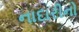
નાદારીનો